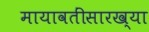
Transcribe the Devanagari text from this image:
मायावतींसारख्या